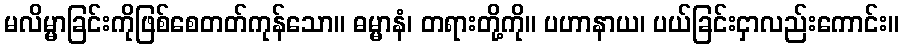
မလိမ္မာခြင်းကိုဖြစ်စေတတ်ကုန်သော။ ဓမ္မာနံ၊ တရားတို့ကို။ ပဟာနာယ၊ ပယ်ခြင်းငှာလည်းကောင်း။